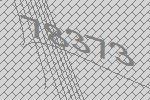
78373